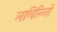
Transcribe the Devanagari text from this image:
लाबिरिन्तो